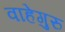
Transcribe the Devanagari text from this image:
वाहेगुरु